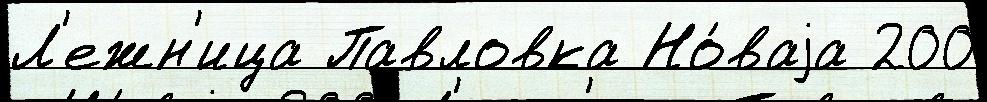
Л'ежн'ица Павловка Но́ваjа 200